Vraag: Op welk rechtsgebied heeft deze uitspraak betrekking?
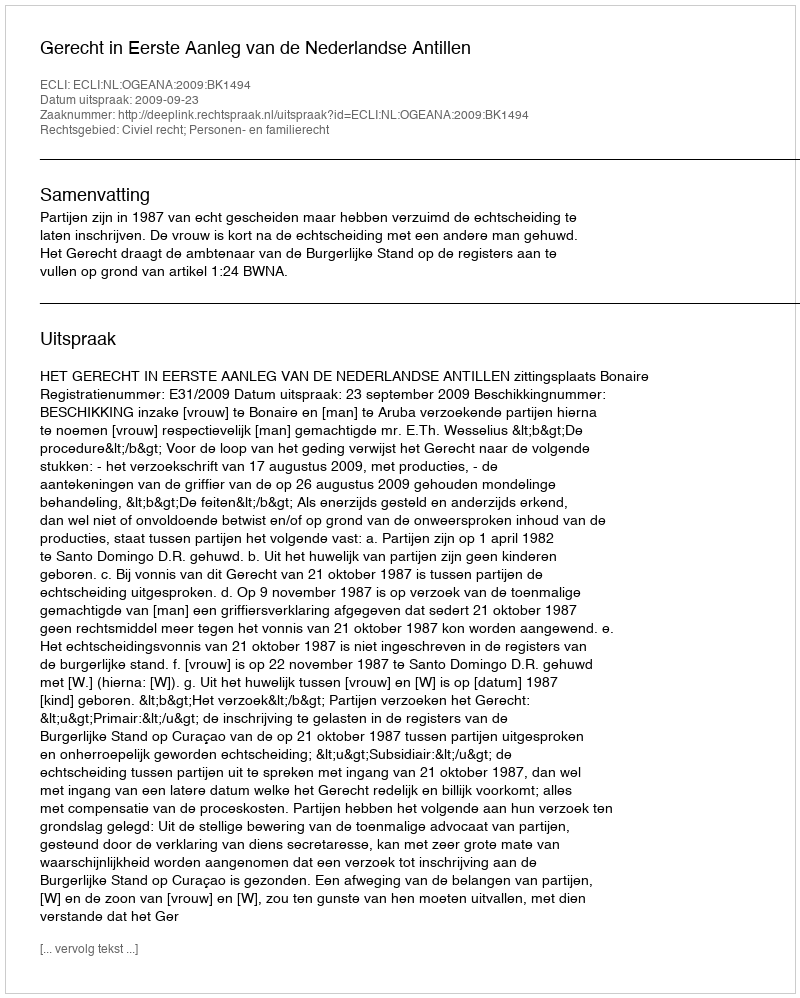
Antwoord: Civiel recht; Personen- en familierecht